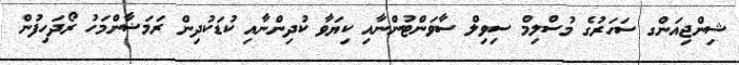
ޝިންޖިއަންގ ސަހަރުގެ މުސްލިމް ސިވިލް ސާވަންޓުންނާއި ކިޔަވާ ކުދިންނާއި ކުޑަކުދިން ރަމަޟާންމަހު ރޯދަހިފުން